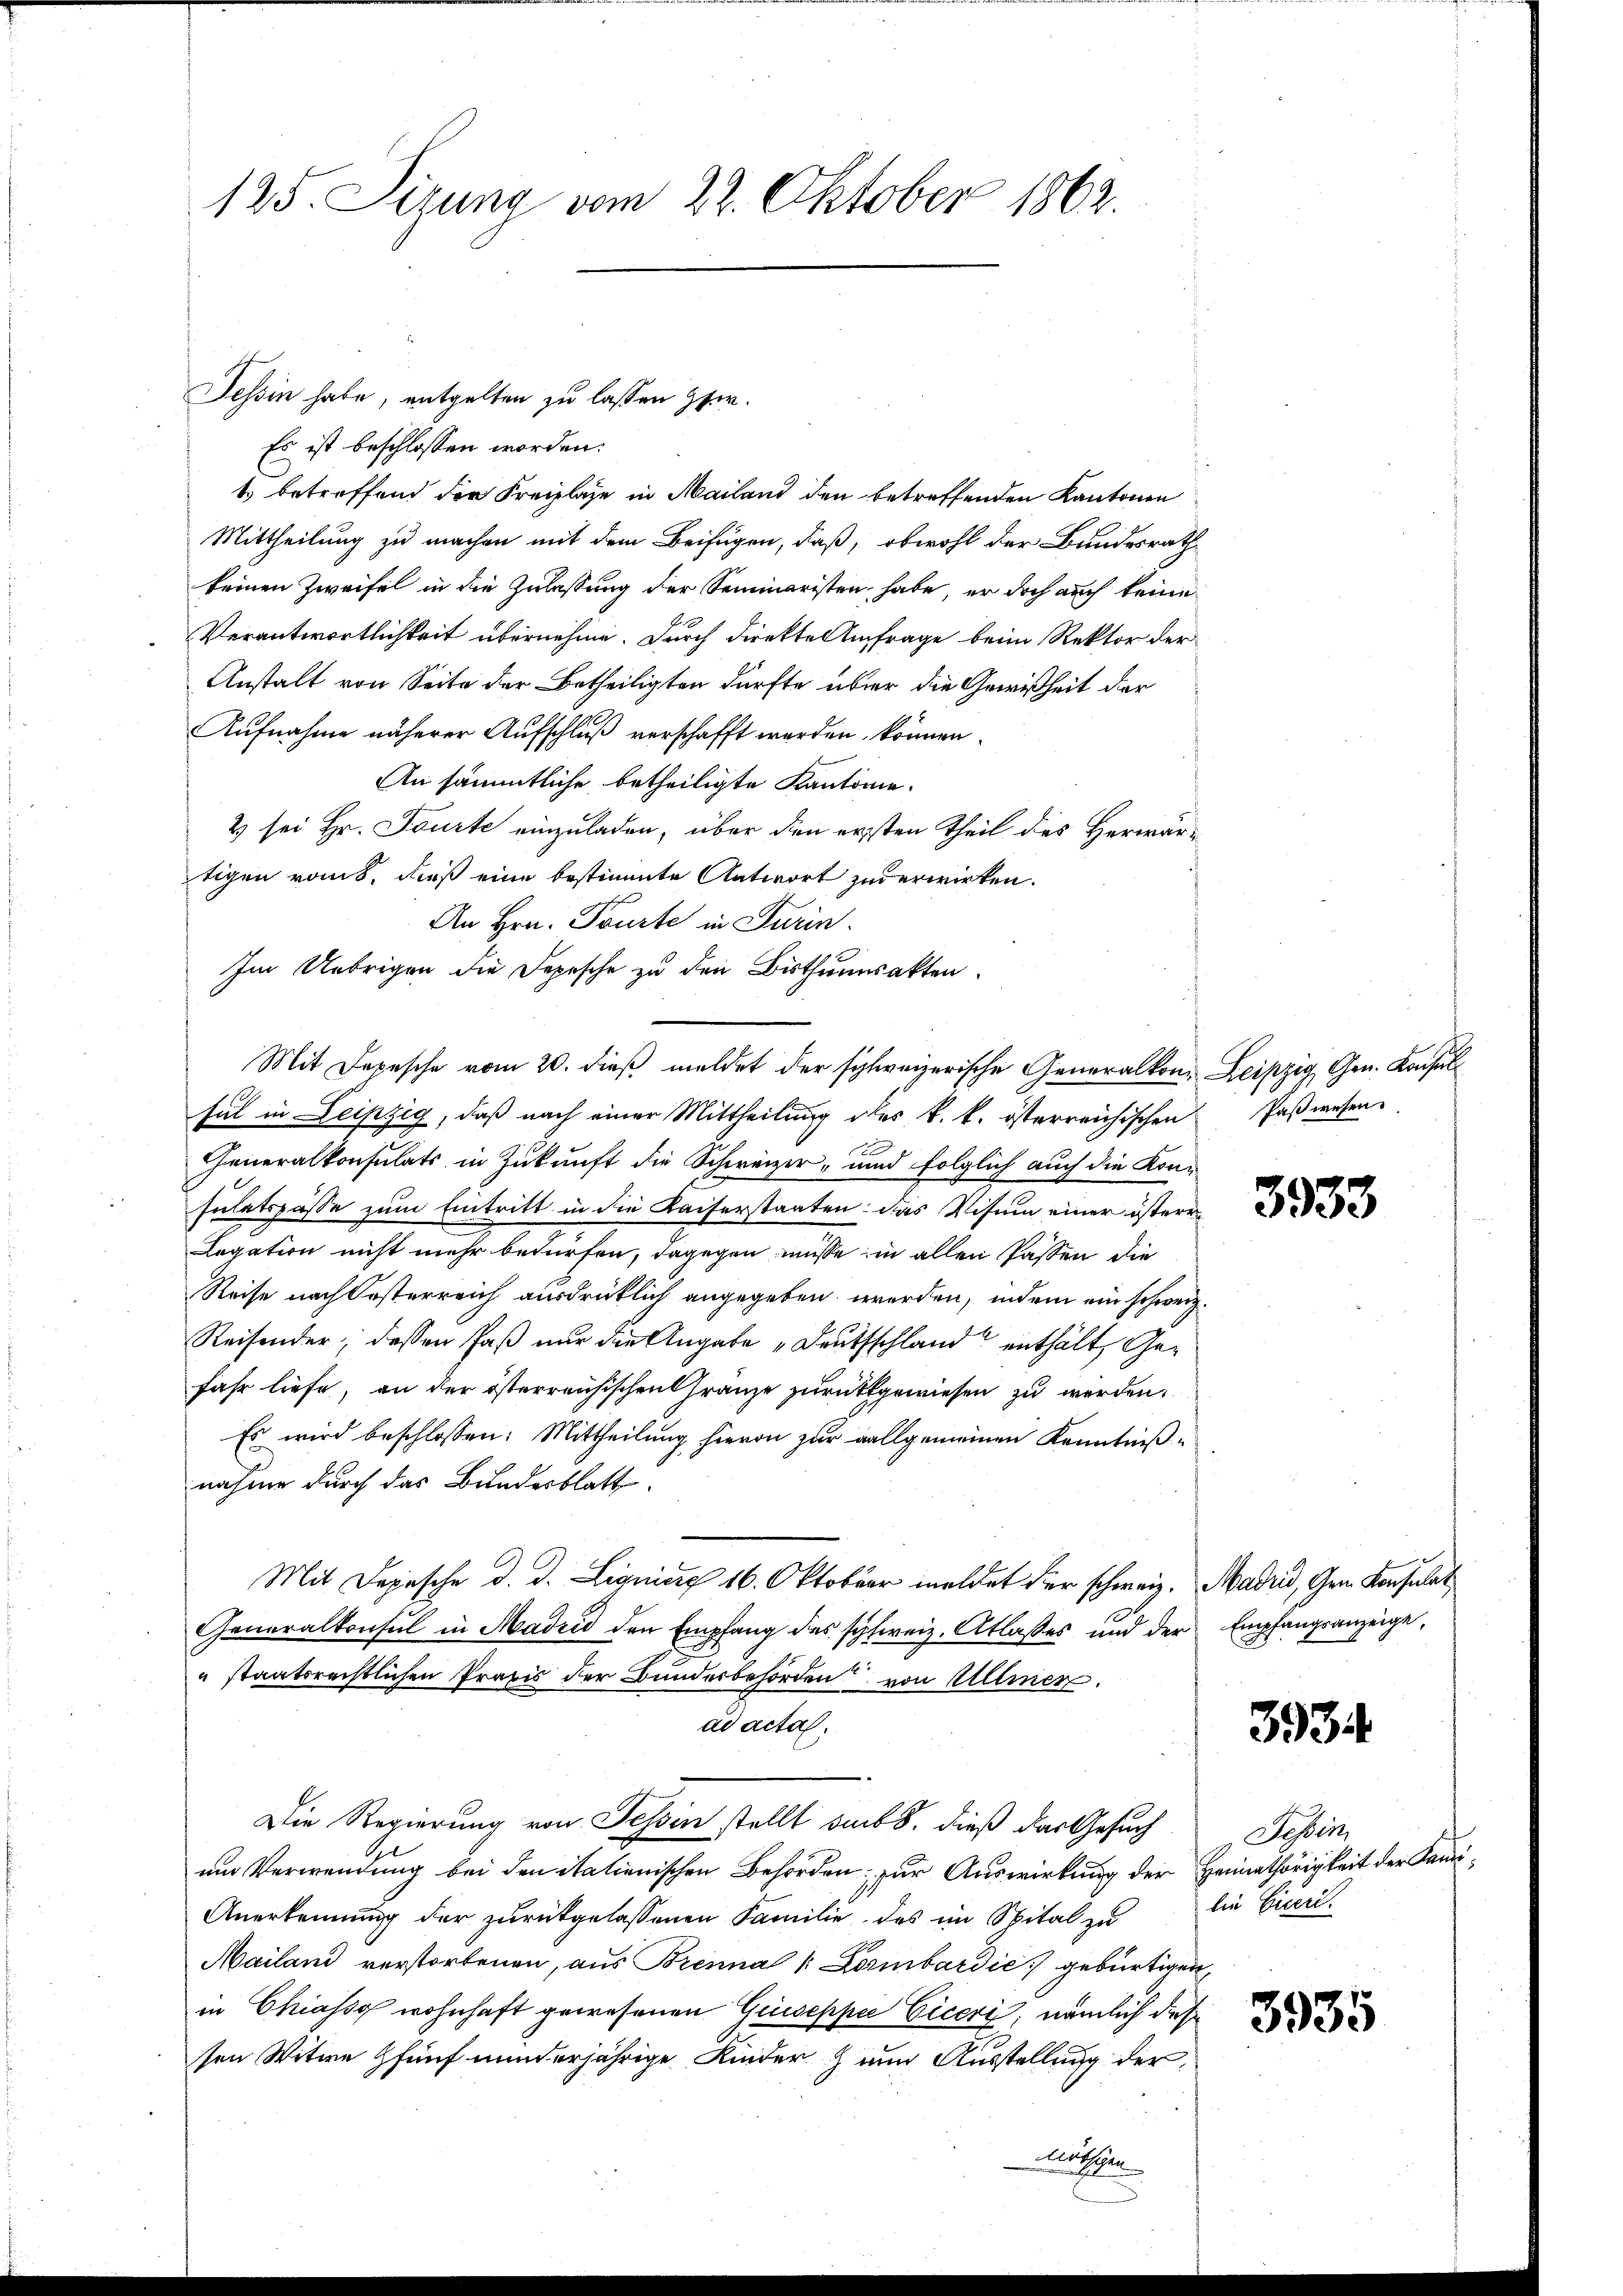
125. Situng vom 22. Oktober 1862.

Es ist beschlossen worden.
t betreffend der Freilage in Mailand den betreffenden Kantonen
Mittheilung zu machen mit dem Beifügen, daß, obwohl der Bundesrath
keinen Zweifel in die Zulassung der Seminaristen habe, er doch auch keine
Verantwortlichkeit übernehme. Durch direkte Anfrage beim Rektor der
Anstalt von Seite der Betheiligten dürfte über die Gewißheit der
Aufnahme näherer Aufschluß verschafft werden können.
An sämmtliche betheiligte Kantonie.
2 sei Hr. Tourte einzuladen, über den ersten Theil des Herwärtigen raus, dieß eine bestimmte Antwort zu erwirken.
An Hrn. Tourte in Turin.
Im Uebrigen die Depesche zu den Bisthumsakten.
Mit Depesche vom 20. dieß meldet der schweizerische Generalkon. Leipzig Gen. Konsul
sul in Leipzig, daß nach einer Mittheilung des k. k. österreichischen Paßwesen
Generalkonsulats in Zukunft die Schweizer, und folglich auch die Konsulatspasse zum Eintritt in die Kaiserstaaten: das Visum einer österr¬
Legation nicht mehr bedürfen, dagegen müsse in allen Passen die
Reise nach Oesterreich ausdrücklich angegeben werden, indem ein schweiz
Reisender; dessen Faß nur die Angabe „Deutschland enthält, Gefahr liefe, an der österreichischen Gränze zurückgewiesen zu werden.
Es wird beschlossen: Mittheilung hievon zur vallgemeinen Kenntnißnahme durch das Bundesblatt.
Mit Depesche d. d. Liquieg 16. Oktober meldet der schweiz. Madrid, Gem. Konsulat
Generalkonsul in Madrid den Empfang des schweiz. Atlasses und der Empfangsanzeige,
staatsrechtlichen Praxis der Bunderbehörden von Ullmen.
ad acta.
Die Regierung von Tessin stellt dem 8. dieß das Gesuch
und Verwendung bei den italienischen Behörden; zur Auswirkung der Heimathörigkeit der Kandi¬
Anerkennung der zurückgelassenen Familie, das im Spital zu
Mailand verstorbenen, aus Brenna /: Lombardić gebürtigen,
in Chiasso wohnhaft gewesenen Giuseppe Ciceri, nämlich diese
sen Witwe fünf minderjährige Kinder zum Ausstellung der

Tessin habe, entgelten zu lassen Her

Mathen

3933

3934

Tessin,
die Eiseri.

3935